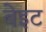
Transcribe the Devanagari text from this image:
बेइट